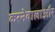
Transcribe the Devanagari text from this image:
करनेवालाऔर